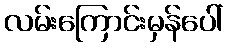
လမ်းကြောင်းမှန်ပေါ်